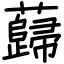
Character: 蘬